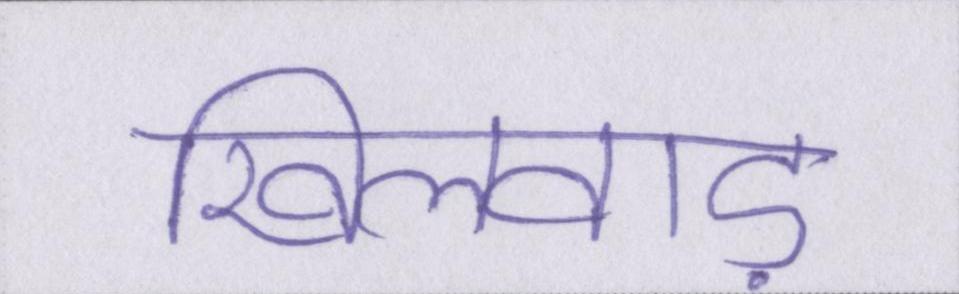
खिलवाड़